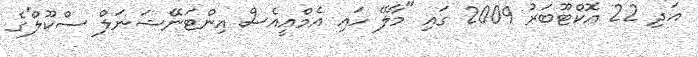
އަދި 22 އޮކްޓޫބަރު 2009 ގައި "މާލޭ ހައި އެމްއީއެސް އިންޓަނޭޝަނަލް ސްކޫލް'ގެ